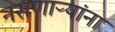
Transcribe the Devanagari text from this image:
नसणाऱ्यांना